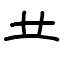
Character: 龷